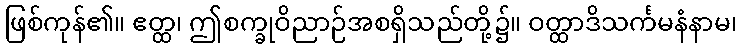
ဖြစ်ကုန်၏။ ဧတ္ထ၊ ဤစက္ခုဝိညာဉ်အစရှိသည်တို့၌။ ဝတ္ထာဒိသင်္ကမနံနာမ၊